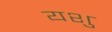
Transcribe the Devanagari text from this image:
यशु